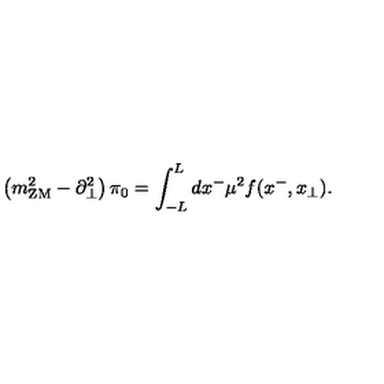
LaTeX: \left( m _ { \mathrm { Z M } } ^ { 2 } - \partial _ { \perp } ^ { 2 } \right) \pi _ { 0 } = \int _ { - L } ^ { L } d x ^ { - } \mu ^ { 2 } f ( x ^ { - } , x _ { \perp } ) .